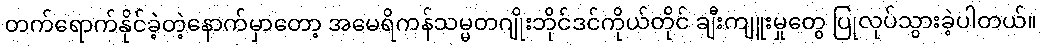
တက်ရောက်နိုင်ခဲ့တဲ့နောက်မှာတော့ အမေရိကန်သမ္မတဂျိုးဘိုင်ဒင်ကိုယ်တိုင် ချီးကျူးမှုတွေ ပြုလုပ်သွားခဲ့ပါတယ်။